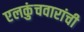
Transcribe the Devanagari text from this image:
एलकुंचवारांची